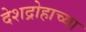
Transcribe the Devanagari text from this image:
देशद्रोहाच्या